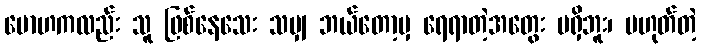
မောဟကလည်း သူ ဖြစ်နေသေး သမျှ ဘယ်တော့မှ ရေရာတဲ့အတွေး မရှိဘူး၊ မဟုတ်တဲ့